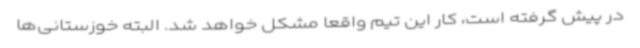
در پیش گرفته است، کار این تیم واقعا مشکل خواهد شد. البته خوزستانی‌ها